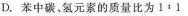
D. 苯中碳、氢元素的质量比为1：1